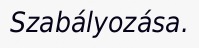
Szabályozása.